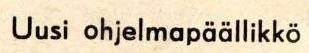
Uusi ohjelmapäällikkö